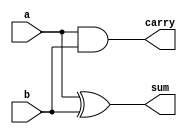
`timescale 1ns / 1ps
//////////////////////////////////////////////////////////////////////////////////
// Company: 
// Engineer: 
// 
// Design Name: 
// Module Name:    half_adder 
// Project Name: 
// Target Devices: 
// Tool versions: 
// Description: 
//
// Dependencies: 
//
// Revision: 
// Revision 0.01 - File Created
// Additional Comments: 
//
//////////////////////////////////////////////////////////////////////////////////
module half_adder (a, b, sum, carry);
input  a;
input  b;
output sum;
output carry;
assign sum = a^b;
assign carry = a&b;
endmodule